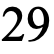
29